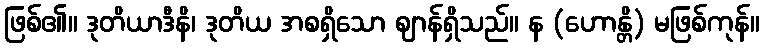
ဖြစ်၏။ ဒုတိယာဒီနိ၊ ဒုတိယ အစရှိသော ဈာန်ရှိသည်။ န (ဟောန္တိ) မဖြစ်ကုန်။